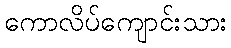
ကောလိပ်ကျောင်းသား